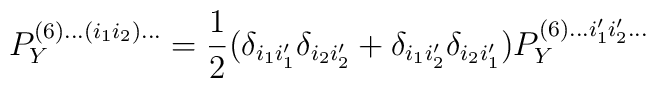
P_Y^{(6) ... (i_1 i_2)...} = \frac{1}{2}(\delta_{i_1 i'_1}\delta_{i_2 i'_2}+\delta_{i_1 i'_2}\delta_{i_2 i'_1}) P_Y^{(6) ... i'_1 i'_2...}